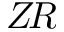
Z \! R